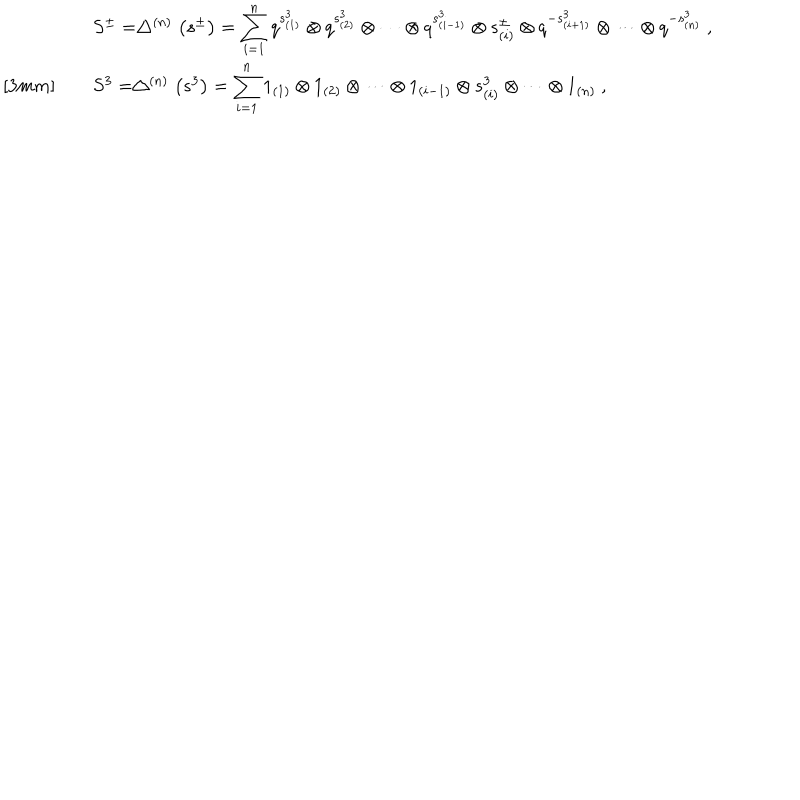
LaTeX: \begin{array} { r c l } { { } } & { { } } & { { S ^ { \pm } = \bigtriangleup ^ { ( n ) } \left( s ^ { \pm } \right) = \displaystyle \sum _ { i = 1 } ^ { n } q ^ { s _ { ( 1 ) } ^ { 3 } } \otimes q ^ { s _ { ( 2 ) } ^ { 3 } } \otimes \cdots \otimes q ^ { s _ { ( i - 1 ) } ^ { 3 } } \otimes s _ { ( i ) } ^ { \pm } \otimes q ^ { - s _ { ( i + 1 ) } ^ { 3 } } \otimes \cdots \otimes q ^ { - s _ { ( n ) } ^ { 3 } } ~ , } } \\ { { } } & { { } } & { { S ^ { 3 } = \bigtriangleup ^ { ( n ) } \left( s ^ { 3 } \right) = \displaystyle \sum _ { i = 1 } ^ { n } 1 _ { ( 1 ) } \otimes 1 _ { ( 2 ) } \otimes \cdots \otimes 1 _ { ( i - 1 ) } \otimes s _ { ( i ) } ^ { 3 } \otimes \cdots \otimes 1 _ { ( n ) } ~ , } } \\ \end{array}